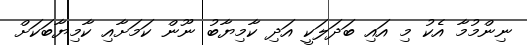
ނިންމުމާ އެކު މި އައި ބަދަލަކީ އަދި ކާމިޔާބު ނޫން ކަމަށާއި ކާމިޔާބަކަށް